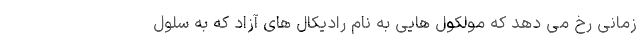
زمانی رخ می دهد که مولکول هایی به نام رادیکال های آزاد که به سلول